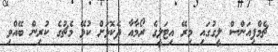
ޗެމްޕިއަންސް ލީގުގައި މިރޭ އިޓަލީގެ ރޯމާއާ ދެކޮޅަށް ކުޅޭ މެޗުގެ ކުރިން ބޭއްވި